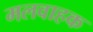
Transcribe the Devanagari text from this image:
मलवाहक